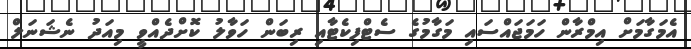
އެމަގާމަށް އިމްރާން ހަމަޖައްސައި މަގާމުގެ ސެޓްފިކެޓާއި ރިބަން ހަވާލު ކޮށްދެއްވީ މިއަދު ނެޝަނަލް